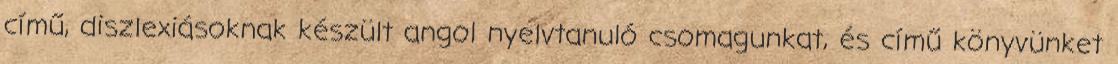
című, diszlexiásoknak készült angol nyelvtanuló csomagunkat, és című könyvünket